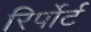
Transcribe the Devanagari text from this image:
रिर्पोर्ट